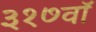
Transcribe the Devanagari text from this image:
३१७वॉ